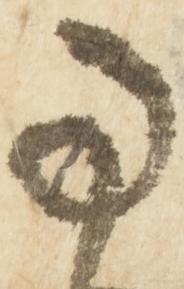
事